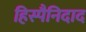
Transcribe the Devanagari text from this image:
हिस्पैनिदाद